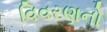
વિવરણનો